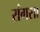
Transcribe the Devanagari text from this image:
रांगसा